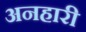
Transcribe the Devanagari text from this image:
अनहारी